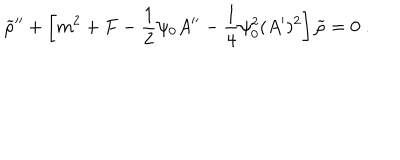
{ \widetilde \rho } ^ { \prime \prime } + \left[ m ^ { 2 } + F - { \frac { 1 } { 2 } } \psi _ { 0 } A ^ { \prime \prime } - { \frac { 1 } { 4 } } \psi _ { 0 } ^ { 2 } ( A ^ { \prime } ) ^ { 2 } \right] { \widetilde \rho } = 0 ~ .